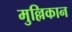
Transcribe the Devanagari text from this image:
मुल्लिकान